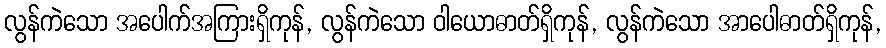
လွန်ကဲသော အပေါက်အကြားရှိကုန်, လွန်ကဲသော ဝါယောဓာတ်ရှိကုန်, လွန်ကဲသော အာပေါဓာတ်ရှိကုန်,